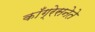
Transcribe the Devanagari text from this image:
काँग्रेसनेते